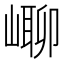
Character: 㟹